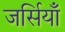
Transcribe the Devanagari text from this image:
जर्सियाँ